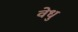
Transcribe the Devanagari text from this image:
वेधु